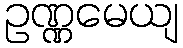
ဥဏ္ဏမေယျ